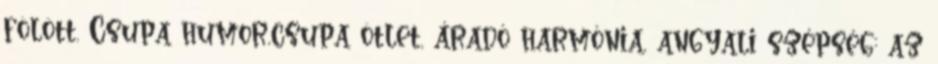
fölött. Csupa humor,csupa ötlet, áradó harmónia, angyali szépség: az